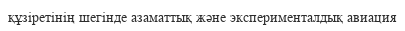
құзіретінің шегінде азаматтық және эксперименталдық авиация